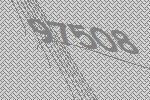
97508